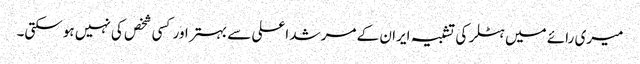
میری رائے میں ہٹلر کی تشبیہ ایران کے مرشد اعلی سے بہتر اور کسی شخص کی نہیں ہوسکتی۔